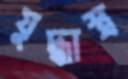
যুদ্ধাস্ত্র